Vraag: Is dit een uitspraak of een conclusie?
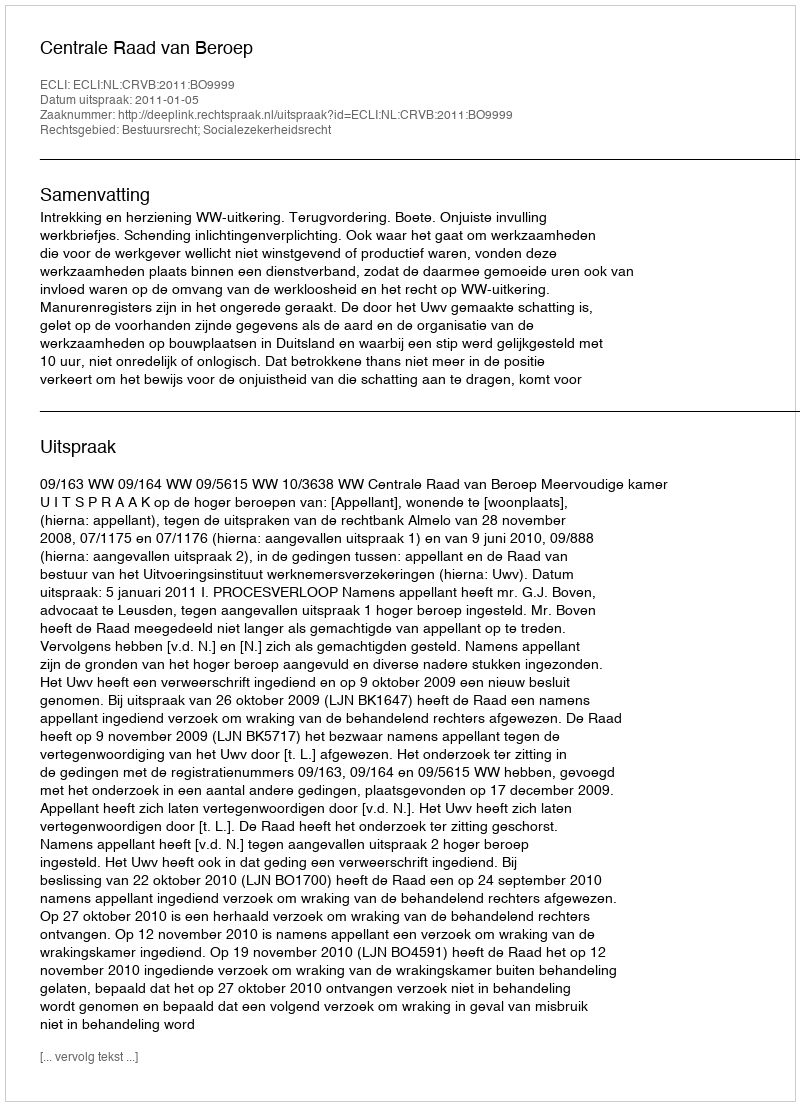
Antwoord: Uitspraak